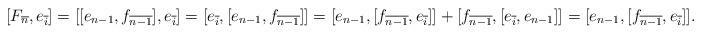
LaTeX: \begin{align*}[F_{\overline{n}}, e_{\overline{i}}] &= [[e_{n-1},f_{\overline{n-1}}],e_{\overline{i}}] = [e_{\overline{i}},[e_{n-1},f_{\overline{n-1}}]] = [e_{n-1}, [f_{\overline{n-1}},e_{\overline{i}}]] + [f_{\overline{n-1}}, [e_{\overline{i}},e_{n-1}]] = [e_{n-1}, [f_{\overline{n-1}},e_{\overline{i}}]].\end{align*}